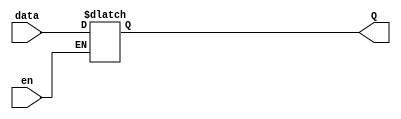
module LAT_NR_BLAS (data, en, Q);
   input data, en;
   output Q;
   reg Q;
   always @(en or data)
   if (en)
   Q = data;
endmodule